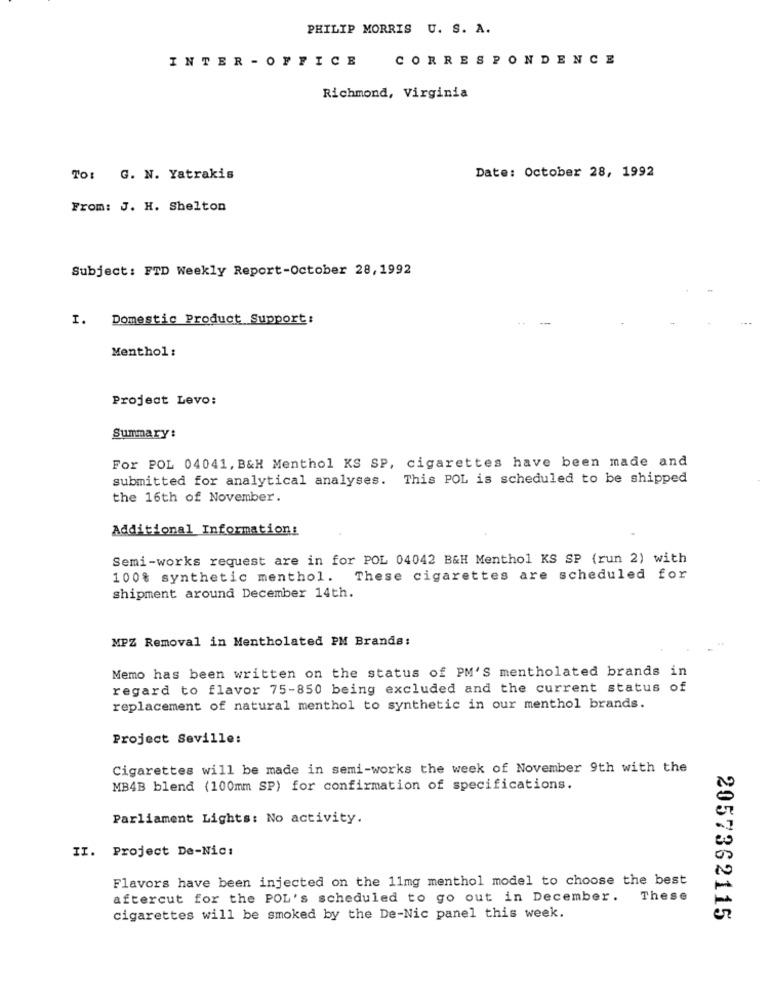
PHILIP MORRIS U. S. A.
INTER - OFFICE
CORRESPONDENCE
Richmond, Virginia
To: G. N. Yatrakis
Date: October 28, 1992
From: J. H. Shelton
Subject: FTD Weekly Report-October 28,1992
I. Domestic Product Support:
Menthol :
Project Levo:
Summary:
For POL 04041, B&H Menthol KS SP, cigarettes have been made and
submitted for analytical analyses. This POL is scheduled to be shipped
the 16th of November.
Additional Information:
Semi-works request are in for POL 04042 B&H Menthol KS SP (run 2) with
100% synthetic menthol. These cigarettes are scheduled for
shipment around December 14th.
MPZ Removal in Mentholated PM Brands:
Memo has been written on the status of PM'S mentholated brands in
regard to flavor 75-850 being excluded and the current status of
replacement of natural menthol to synthetic in our menthol brands.
Project Seville:
Cigarettes will be made in semi-works the week of November 9th with the
MB4B blend (100mm SP) for confirmation of specifications.
Parliament Lights: No activity.
II. Project De-Nic:
Flavors have been injected on the 11mg menthol model to choose the best
aftercut for the POL's scheduled to go out in December. These
cigarettes will be smoked by the De-Nic panel this week.
2057362115